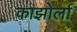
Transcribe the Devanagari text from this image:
काझोर्ला